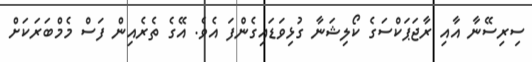
ސިރިސޭނާ އާއި ރާޖަޕަކްސަގެ ކޯލިޝަނާ ގުޅިވަޑައިގެންފަ އެވެ. އޭގެ ތެރެއިން ފަސް މެމްބަރަކަށް